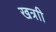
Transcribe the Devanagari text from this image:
खत्राी